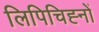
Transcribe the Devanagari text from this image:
लिपिचिह्नों